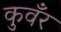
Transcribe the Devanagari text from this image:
कुवँर